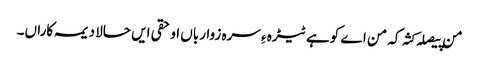
من پیصلہ کثہ کہ من اے کوہے ٹیڑہ ءِ سرہ زوارباں او حقی ایں حالا دیمہ کاراں۔